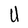
Character: U